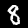
Digit: 8